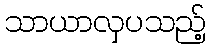
သာယာလှပသည့်